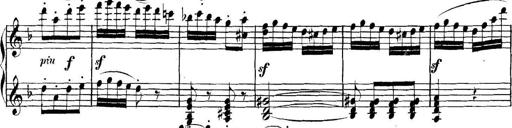
Title: Collected Piano Sonatas
Composer: Muzio Clementi